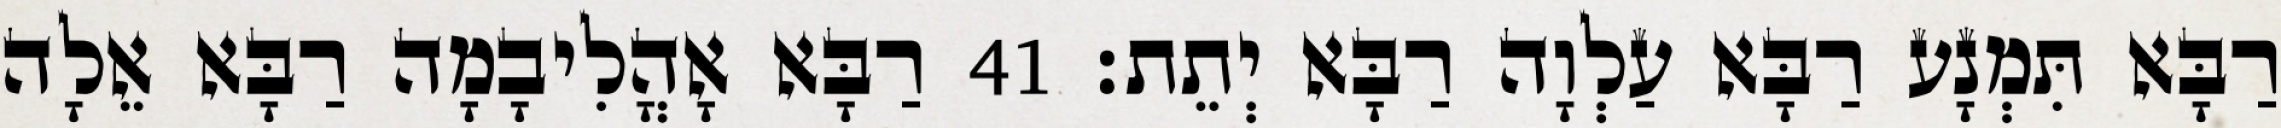
רַבָּא תִּמְנָע רַבָּא עַלְוָה רַבָּא יְתֵת׃ 41 רַבָּא אָהֳלִיבָמָה רַבָּא אֵלָה